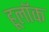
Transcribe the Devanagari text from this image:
हूलॉक